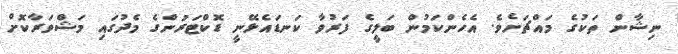
ނިޝާން ތަކުގެ މައްޗަށެވެ. އެހެންކަމުން ބަލީގެ ފަރުވާ ކަނޑައެޅޭނީ ޑޮކްޓަރުންގެ މެދުގައި މަޝްވަރާކޮށް